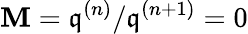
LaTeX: \mathbf{M}={\mathfrak{{q}}}^{(n)}/{\mathfrak{{q}}}^{(n+1)}=0